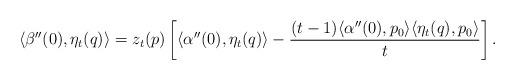
LaTeX: \begin{align*}\langle \beta''(0), \eta_t(q) \rangle = z_t(p) \left[ \langle \alpha''(0), \eta_t(q) \rangle - \frac{(t-1) \langle \alpha''(0), p_0 \rangle \langle \eta_t(q), p_0 \rangle}{t} \right].\end{align*}